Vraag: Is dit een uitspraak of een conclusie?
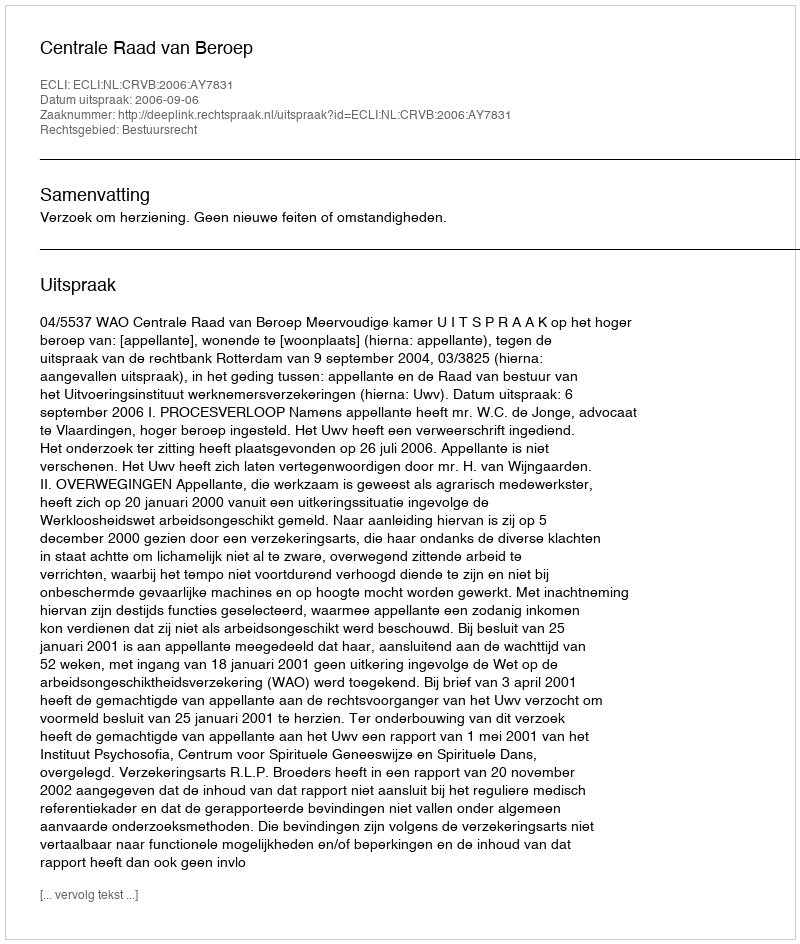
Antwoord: Uitspraak